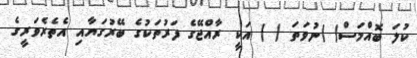
ކުލަ ބޮއްމަސް( )ނުވަތަ ( ) އަކީ ރާއްޖޭގެ ފަރުތަކުގެ ބޭރުގަޔާއި އެތެރެވަރީގެ